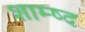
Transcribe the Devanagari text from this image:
शाम्ष्द